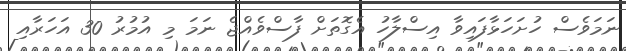
ނަމަވެސް ހުށަހަޅާފައިވާ އިސްލާހު އެގޮތަށް ފާސްވެއްޖެ ނަމަ މި އުމުރު 30 އަހަރާއި